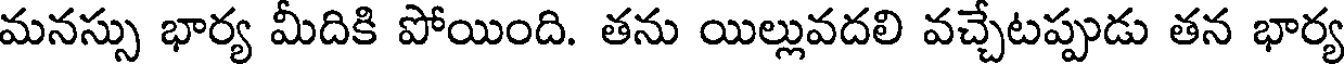
మనస్సు భార్య మీదికి పోయింది. తను యిల్లువదలి వచ్చేటప్పుడు తన భార్య